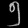
Digit: ၅